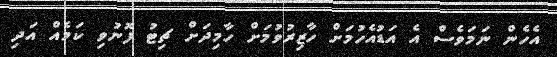
އެހެން ނަމަވެސް އެ އަޑުއެހުމަށް ހާޒިރުވުމަށް ހާމިދަށް ޗިޓު ފޮނުވި ކަމެއް އަދި